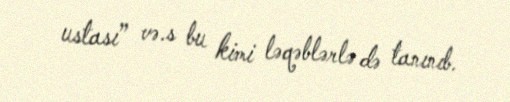
ustası” və.s bu kimi ləqəblərlə də tanınıb.